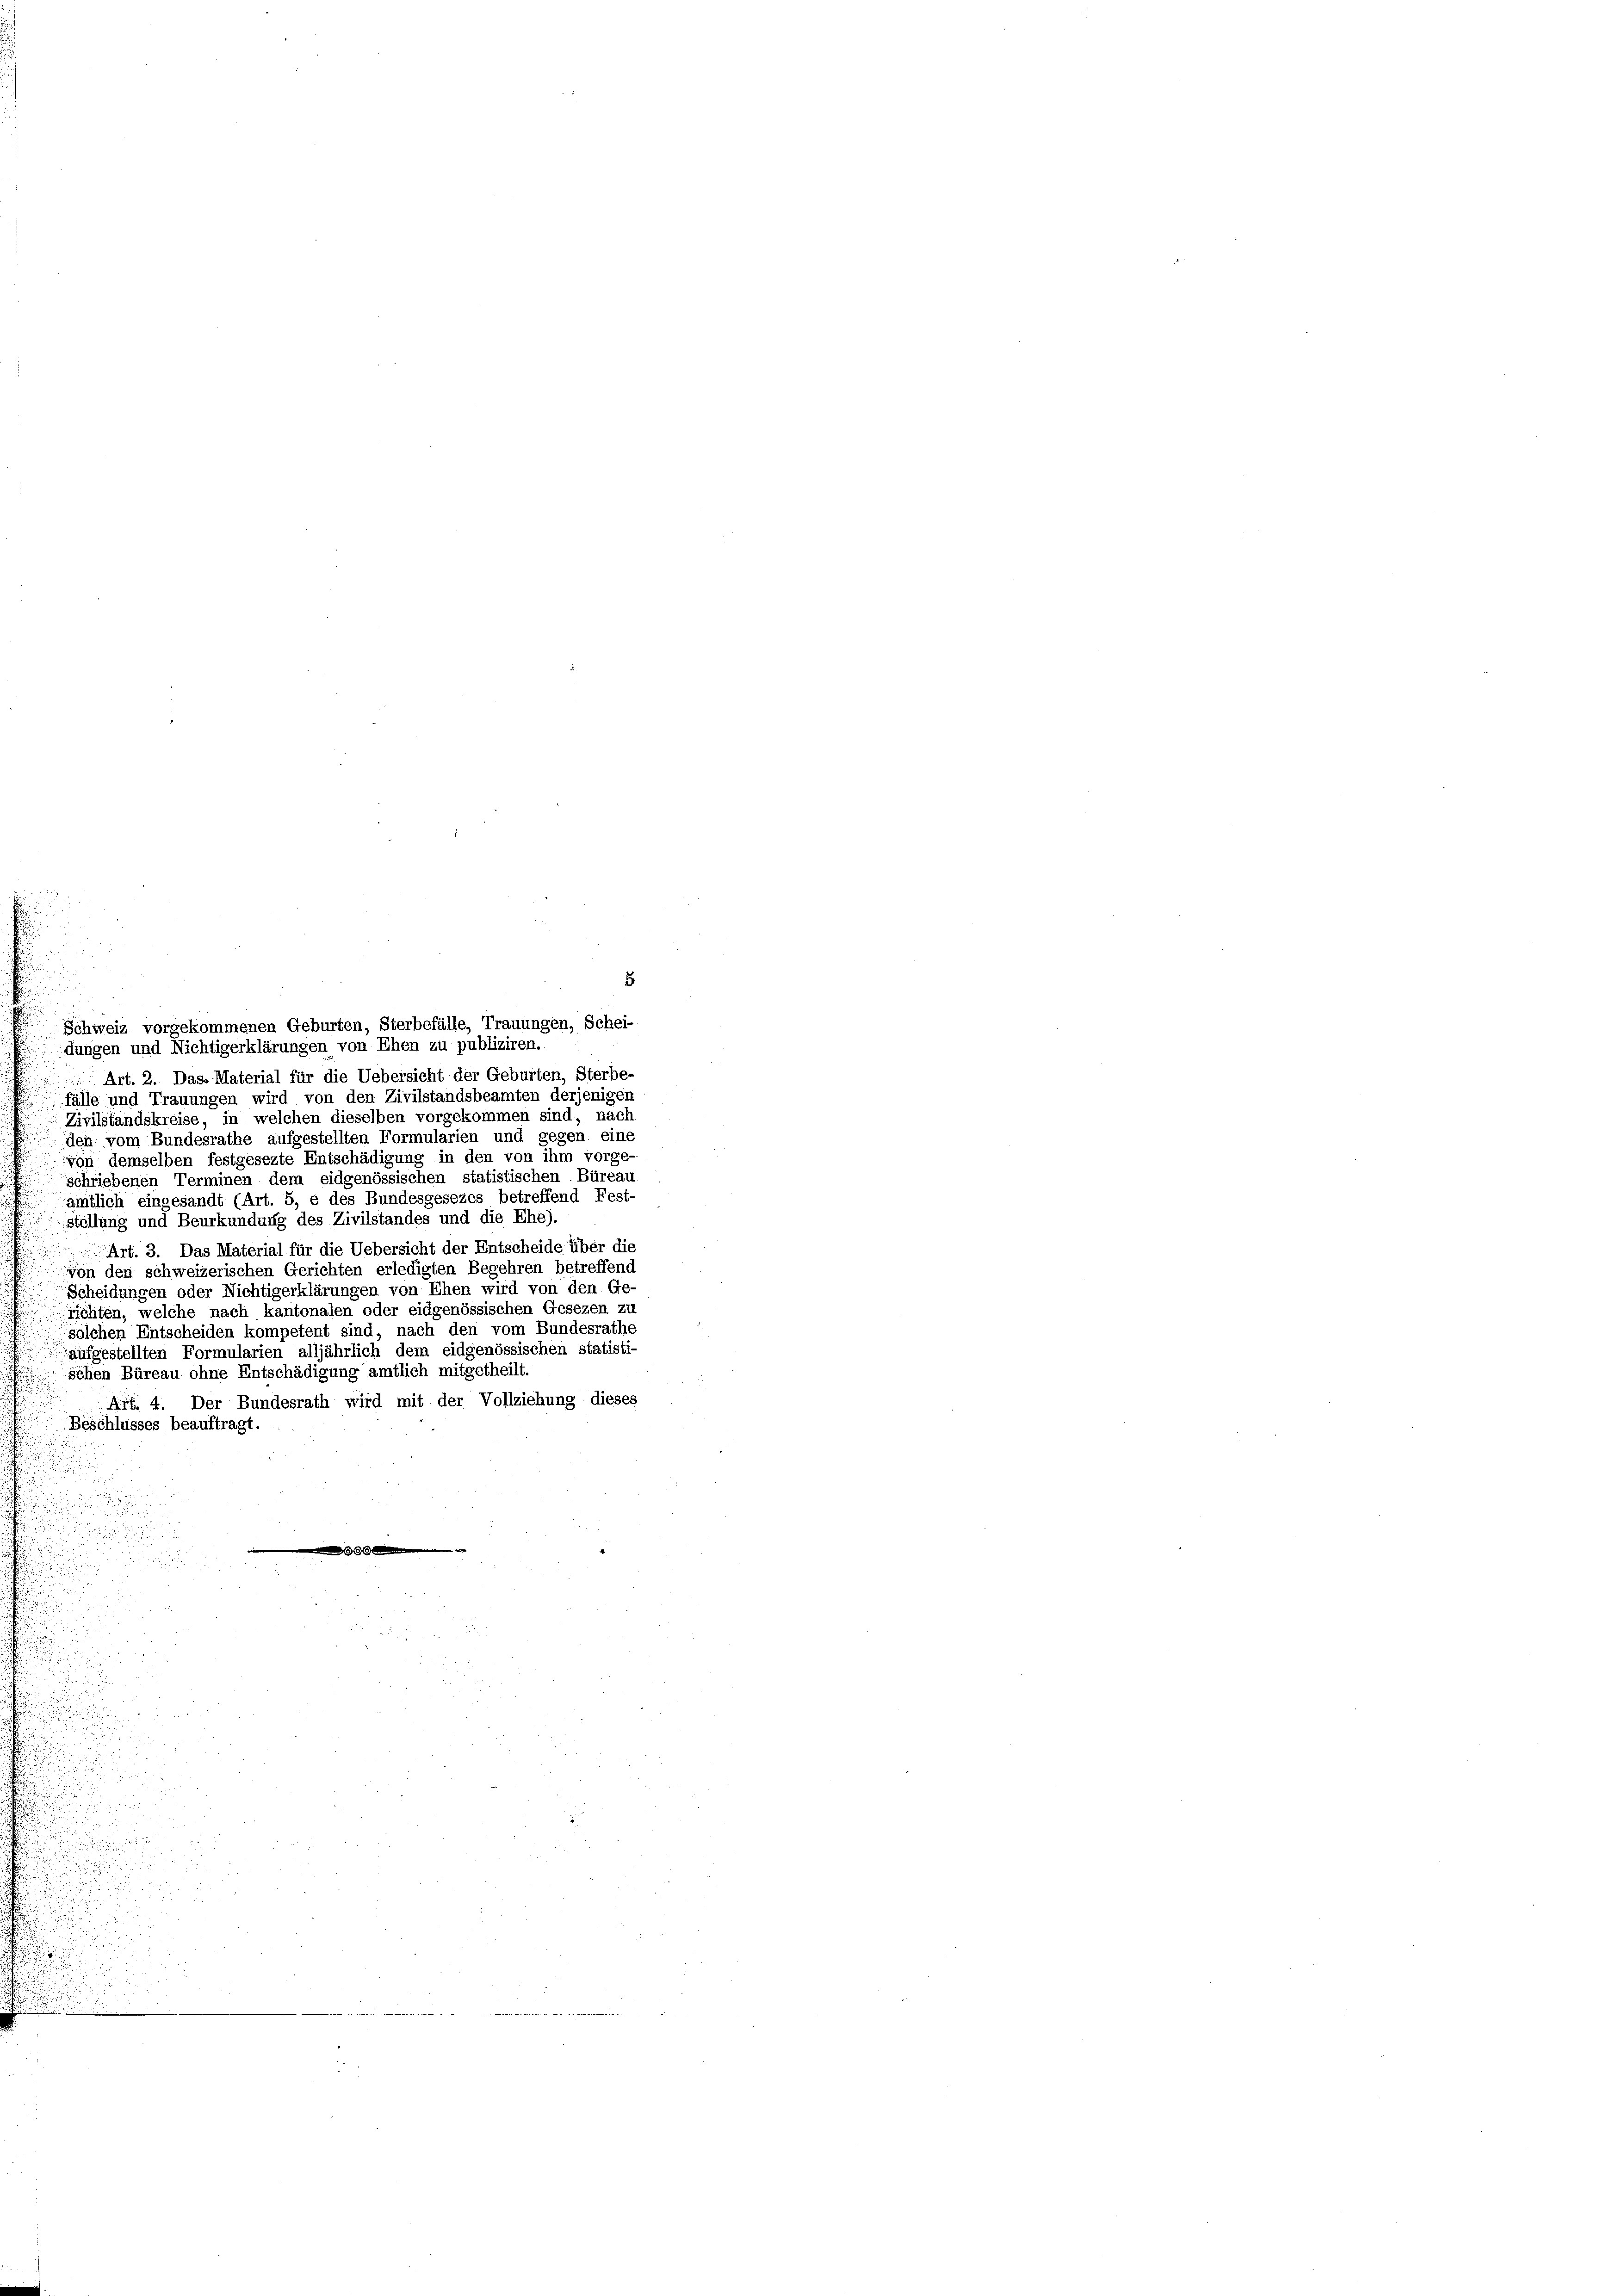
5
Art. 2. Das Material für die Uebersicht der Geburten, Sterbe-
fälle und Trauungen wird von den Zivilstandsbeamten derjenigen
Zivilstandskreise, in welchen dieselben vorgekommen sind, nach
den vom Bundesrathe aufgestellten Formularien und gegen eine
von demselben festgesezte Entschädigung in den von ihm vorge-
schriebenen Terminen dem eidgenössischen statistischen Büreau
ämtlich eingesandt (Art. 5, e des Bundesgesezes betreffend Fest-
stellung und Beurkundung des Zivilstandes und die Ehe).
Art. 3. Das Material für die Uebersicht der Entscheide über die
von den schweizerischen Gerichten erledigten Begehren betreffend
Scheidungen oder Nichtigerklärungen von Ehen wird von den Ge-
richten, welche nach kantonalen oder eidgenössischen Gesezen zu
solchen Entscheiden kompetent sind, nach den vom Bundesrathe
aufgestellten Formularien alljährlich dem eidgenössischen statisti-
Schen Büreau ohne Entschädigung amtlich mitgetheilt.
Art. 4. Der Bundesrath wird mit der Vollziehung dieses
Beschlusses beauftragt

Schweiz vorgekommenen Geburten, Sterbefälle, Trauungen, Schei-
dungen und Nichtigerklärungen von Ehen zu publiziren.